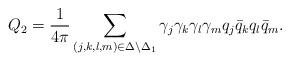
LaTeX: \begin{align*}Q_2=\frac{1}{4\pi}\sum_{(j,k,l,m)\in\Delta\setminus\Delta_1}\gamma_j\gamma_k\gamma_l\gamma_mq_j\bar{q}_kq_l\bar{q}_m.\end{align*}